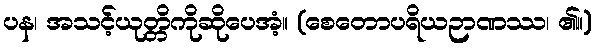
ပန၊ အသင့်ယုတ္တိကိုဆိုပေအံ့။ (စေတောပရိယဉာဏဿ၊ ၏။)